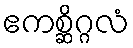
ဧကစ္ဆိဂ္ဂလံ